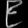
Digit: ၉